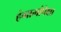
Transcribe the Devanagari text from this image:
हंगामांपेक्षा